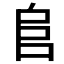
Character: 𨸏